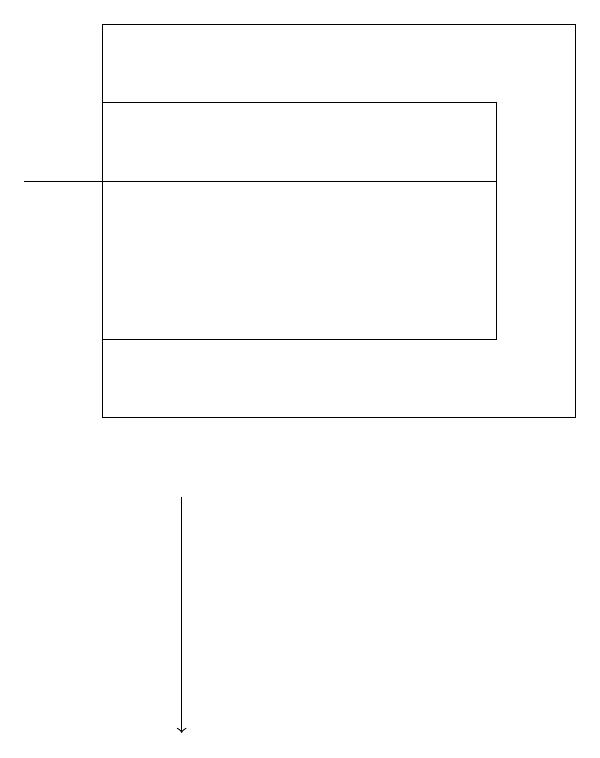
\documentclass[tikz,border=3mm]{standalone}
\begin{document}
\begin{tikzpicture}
\draw (7,19) rectangle (1,14);
\draw[->] (2,13) -- (2,10);
\draw (0,17) rectangle (6,17);
\draw (6,18) rectangle (1,15);
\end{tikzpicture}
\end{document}